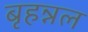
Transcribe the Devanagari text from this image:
बृहन्नल